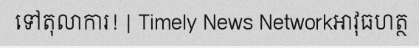
ទៅតុលាការ! | Timely News Networkអាវុធហត្ថ